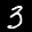
Label: 3